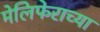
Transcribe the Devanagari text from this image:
मेलिफेराच्या